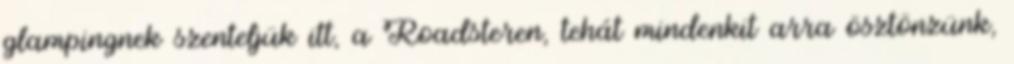
glampingnek szenteljük itt, a Roadsteren, tehát mindenkit arra ösztönzünk,